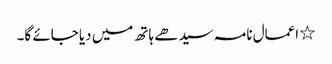
٭ اعمال نامہ سیدھے ہاتھ میں دیا جائے گا۔